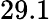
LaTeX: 29.1